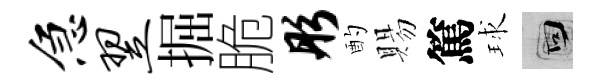
急翌掘脆彤酌賜篤球回